Code of medical and sanitary regulations for the guidance of medical officers serving in the Madras Presidency - Volume II
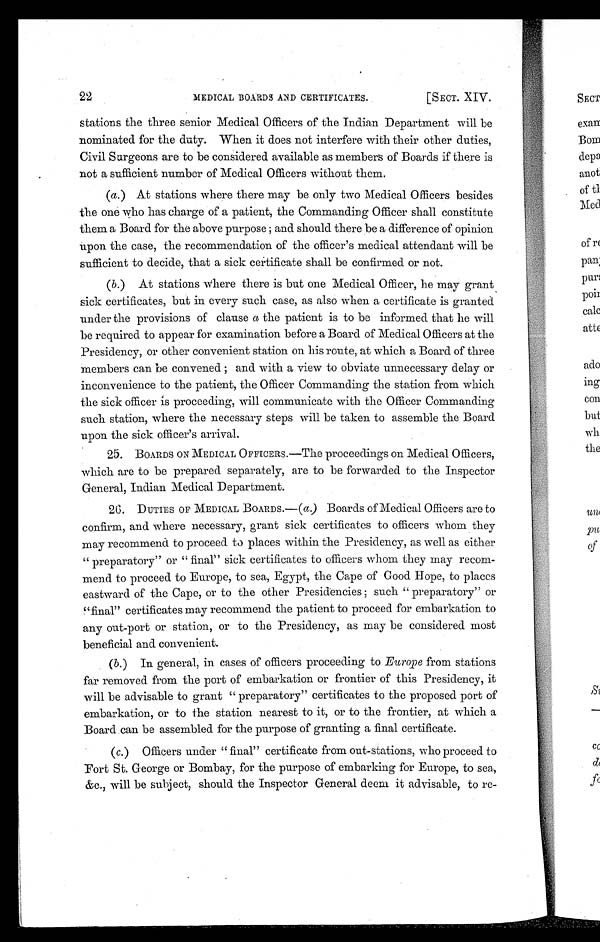
MEDICAL BOARDS AND CERTIFICATES.
[SECT. XIV.
22
stations the three senior Medical Officers of the Indian Department will be
nominated for the duty. When it does not interfere with their other duties,
Civil Surgeons are to be considered available as members of Boards if there is
not a sufficient number of Medical Officers without them.
(a.) At stations where there may be only two Medical Officers besides
the one who has charge of a patient, the Commanding Officer shall constitute
them a Board for the above purpose ; and should there be a difference of opinion
upon the case, the recommendation of the officer's medical attendant will be
sufficient to decide, that a sick certificate shall be confirmed or not.
( b .) At stations where there is but one Medical Officer, he may grant
sick certificates, but in every such case, as also when a certificate is granted
under the provisions of clause a the patient is to be informed that he will
be required to appear for examination before a Board of Medical Officers at the
Presidency, or other convenient station on his route, at which a Board of three
members can be convened ; and with a view to obviate unnecessary delay or
inconvenience to the patient, the Officer Commanding the station from which
the sick officer is proceeding, will communicate with the Officer Commanding
such station, where the necessary steps will be taken to assemble the Board
upon the sick officer's arrival.
25.
BOARDS ON MEDICAL OFFICERS.—The proceedings on Medical Officers,
which are to be prepared separately, are to be forwarded to the Inspector
General, Indian Medical Department.
26.
DUTIES OF MEDICAL BOARDS.—( a ) Boards of Medical Officers are to
confirm, and where necessary, grant sick certificates to officers whom they
may recommend to proceed to places within the Presidency, as well as either
" preparatory" or "final" sick certificates to officers whom they may recom-
mend to proceed to Europe, to sea, Egypt, the Cape of Good Hope, to places
eastward of the Cape, or to the other Presidencies ; such " preparatory" or
"final" certificates may recommend the patient to proceed for embarkation to
any out-port or station, or to the Presidency, as may be considered most
beneficial and convenient.
( b .) In general, in cases of officers proceeding to Europe from stations
far removed from the port of embarkation or frontier of this Presidency, it
will be advisable to grant " preparatory" certificates to the proposed port of
embarkation, or to the station nearest to it, or to the frontier, at which a
Board can be assembled for the purpose of granting a final certificate.
( c.) Officers under "final" certificate from out-stations, who proceed to
Fort St. George or Bombay, for the purpose of embarking for Europe, to sea,
&c., will be subject, should the Inspector General deem it advisable, to re-